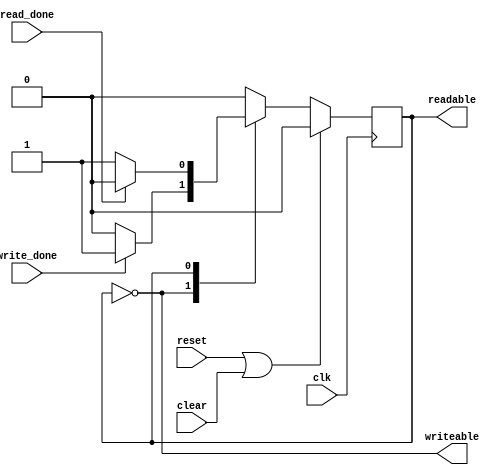

module bsm
  (input clk, input reset, input clear,
   input write_done,
   input read_done,
   output readable,
   output writeable);

   reg 	  state;
   localparam ST_WRITEABLE = 0;
   localparam ST_READABLE = 1;
   
   always @(posedge clk)
     if(reset | clear)
       state <= ST_WRITEABLE;
     else
       case(state)
	 ST_WRITEABLE :
	   if(write_done)
	     state <= ST_READABLE;
	 ST_READABLE :
	   if(read_done)
	     state <= ST_WRITEABLE;
       endcase // case (state)

   assign readable = (state == ST_READABLE);
   assign writeable = (state == ST_WRITEABLE);
   
endmodule // bsm

module dbsm
  (input clk, input reset, input clear,
   output reg read_sel, output read_ready, input read_done,
   output reg write_sel, output write_ready, input write_done);

   localparam NUM_BUFS = 2;

   wire       [NUM_BUFS-1:0] readable, writeable, read_done_buf, write_done_buf;
   
   // Two of these buffer state machines
   genvar     i;
   generate
      for(i=0;i<NUM_BUFS;i=i+1)
	begin : BSMS
	   bsm bsm(.clk(clk), .reset(reset), .clear(clear),
		   .write_done((write_sel == i) & write_done),
		   .read_done((read_sel == i) & read_done),
		   .readable(readable[i]), .writeable(writeable[i]));
	end
   endgenerate
   
   reg 	 full;
   
   always @(posedge clk)
     if(reset | clear)
       begin
	  write_sel <= 0;
	  full <= 0;
       end
     else
       if(write_done & writeable[write_sel])
	 if(write_sel ==(NUM_BUFS-1))
	   write_sel <= 0;
	 else
	   write_sel <= write_sel + 1;
   
   always @(posedge clk)
     if(reset | clear)
       read_sel <= 0;
     else
       if(read_done & readable[read_sel])
	 if(read_sel==(NUM_BUFS-1))
	   read_sel <= 0;
	 else
	   read_sel <= read_sel + 1;
          
   assign write_ready = writeable[write_sel];
   assign read_ready = readable[read_sel];

endmodule // dbsm